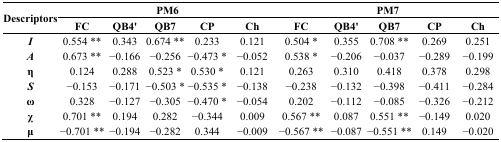
<table><thead><tr><td rowspan="2"><b>Descriptors</b></td><td colspan="5"><b>PM6</b></td><td colspan="5"><b>PM7</b></td></tr><tr><td><b>FC</b></td><td><b>QB4&#x27;</b></td><td><b>QB7</b></td><td><b>CP</b></td><td><b>Ch</b></td><td><b>FC</b></td><td><b>QB4&#x27;</b></td><td><b>QB7</b></td><td><b>CP</b></td><td><b>Ch</b></td></tr></thead><tbody><tr><td><i>I</i></td><td>0.554 **</td><td>0.343</td><td>0.674 **</td><td>0.233</td><td>0.121</td><td>0.504 *</td><td>0.355</td><td>0.708 **</td><td>0.269</td><td>0.251</td></tr><tr><td><i>A</i></td><td>0.673 **</td><td>−0.166</td><td>−0.256</td><td>−0.473 *</td><td>−0.052</td><td>0.538 *</td><td>−0.206</td><td>−0.037</td><td>−0.289</td><td>−0.199</td></tr><tr><td>η</td><td>0.124</td><td>0.288</td><td>0.523 *</td><td>0.530 *</td><td>0.121</td><td>0.263</td><td>0.310</td><td>0.418</td><td>0.378</td><td>0.298</td></tr><tr><td><i>S</i></td><td>−0.153</td><td>−0.171</td><td>−0.503 *</td><td>−0.535 *</td><td>−0.138</td><td>−0.238</td><td>−0.132</td><td>−0.398</td><td>−0.411</td><td>−0.284</td></tr><tr><td>ω</td><td>0.328</td><td>−0.127</td><td>−0.305</td><td>−0.470 *</td><td>−0.054</td><td>0.202</td><td>−0.112</td><td>−0.085</td><td>−0.326</td><td>−0.212</td></tr><tr><td>χ</td><td>0.701 **</td><td>0.194</td><td>0.282</td><td>−0.344</td><td>0.009</td><td>0.567 **</td><td>0.087</td><td>0.551 **</td><td>−0.149</td><td>0.020</td></tr><tr><td>μ</td><td>−0.701 **</td><td>−0.194</td><td>−0.282</td><td>0.344</td><td>−0.009</td><td>−0.567 **</td><td>−0.087</td><td>−0.551 **</td><td>0.149</td><td>−0.020</td></tr></tbody></table>